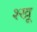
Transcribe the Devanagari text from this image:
श्खू